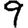
Digit: 9